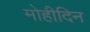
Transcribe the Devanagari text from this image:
मोहीदिन